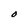
Character: O